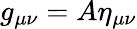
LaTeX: g_{\mu\nu}=A\eta_{\mu\nu}